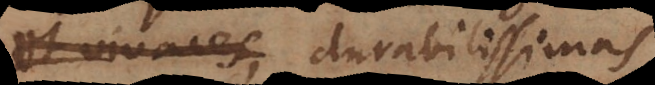
et vivaces, durabilissimas